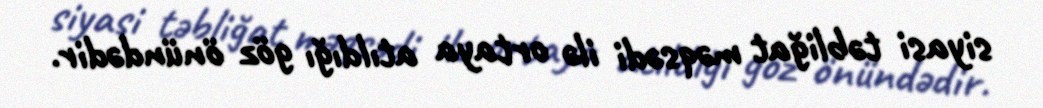
siyasi təbliğat məqsədi ilə ortaya atıldığı göz önündədir.